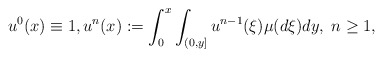
\begin{align*}u^0({x})\equiv 1,u^{n}({x}):=\int_0^{ x} \int_{(0, y]} u^{n-1}(\xi){\mu}(d\xi)d{y},\; n\geq 1,\end{align*}